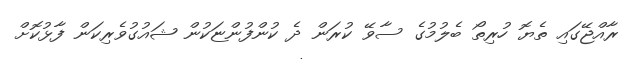
ރާއްޖޭގައި ތެޔޮ ހުރިތޯ ބެލުމުގެ ސާވޭ ކުރަން ދެ ކުންފުންޏަކުން ޝައުގުވެރިކަން ފާޅުކޮށް